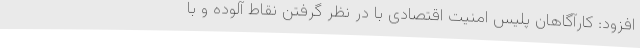
افزود: کارآگاهان پلیس امنیت اقتصادی با در نظر گرفتن نقاط آلوده و با